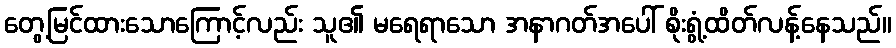
တွေ့မြင်ထားသောကြောင့်လည်း သူ၏ မရေရာသော အနာဂတ်အပေါ် စိုးရွံ့ထိတ်လန့်နေသည်။